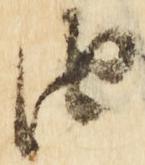
他